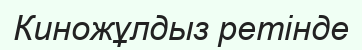
Киножұлдыз ретінде